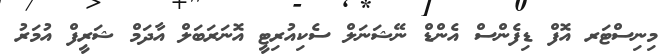
މިނިސްޓަރ އޮފް ޑިފެންސް އެންޑް ނޭޝަނަލް ސެކިއުރިޓީ އޮނަރަބަލް އާދަމް ޝަރީފް އުމަރު